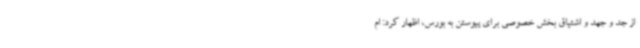
از جد و جهد و اشتیاق بخش خصوصی برای پیوستن به بورس، اظهار کرد: ام